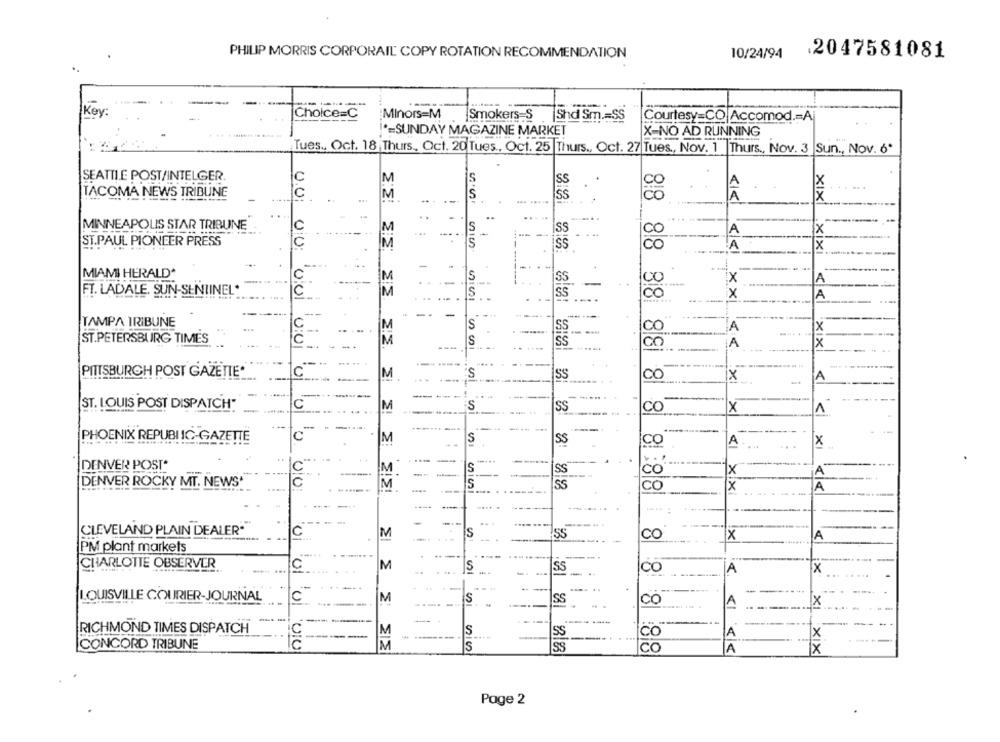
PHILIP MORRIS CORPORAIL COPY ROTATION RECOMMENDATION
10/24/94
2047581081
Key:
Choice=C
Minors=M
Smokers $ |Shd Sm .= SS
[Courtesy=CO|Accomod .= A
*= SUNDAY MAGAZINE MARKET
X-NO AD RUNNING
Tues .. Oct. 18 Thurs, Oct. 20 Tues, Oct. 25 Thurs ., Oct. 27 Tues ., Nov. 1 Thurs ., Nov. 3 |Sun ., Nov. 6'
SEATTLE POST/INTELGER.
C
SS
A
x
TACOMA NEWS TRIBUNE
c
ss
MINNEAPOLIS STAR TRIBUNE
SS
A
X
-
ST.PAUL PIONEER PRESS
X
SS
A
-.
MIAMI HERALD*
SS
x
A
FT. LADALE. SUN-SENTINEL*
C
UU UU: 001
M
S
ŠŠ
CO
A
XIXI xixi <<
TAMPA TRIBUNE
S
M
A
X
ST.PETERSBURG TIMES
0:0
M
S
00
A
×
PITTSBURGH POST GAZETTE*
M
'S
SS
CO
X
A
ST. LOUIS POST DISPATCH"
M
S
SS
co
X
1
88 88 88 881 81 8
PHOENIX REPUBLIC-GAZETTE
C
M
S
SS
A
X
DENVER POST*
C
S
SS
CO
DENVER ROCKY MT. NEWS
C
SS
co
Xix
A
----
CLEVELAND PLAIN DEALER*
C
M
S
CO
SS
X
A
PM plant markets
CHARLOTTE OBSERVER
C
M
S
..
SS
CO
A
X
LOUISVILLE COURIER-JOURNAL
M
S
SS
CO
A
.. .
X
-
-
-
RICHMOND TIMES DISPATCH
M
S
SS
CO
A
X
CONCORD TRIBUNE
M
S
co
A
Ix
Page 2